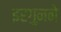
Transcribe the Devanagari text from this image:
इरगुनने